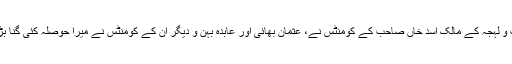
مضبوط لب و لہجہ کے مالک اسد خاں صاحب کے کومنٹس نے، عثمان بھائی اور عابدہ بہن و دیگر ان کے کومنٹس نے میرا حوصلہ کئی گنا بڑھا دیا ہے۔